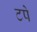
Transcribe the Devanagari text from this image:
टपे